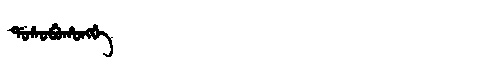
Manchu: ᡩᠣᠰᠣᠪᡠᡥᠣᠩᡤᡝ
Romanization: DOSOBUHONGGE